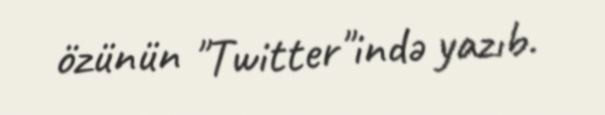
özünün "Twitter"ində yazıb.